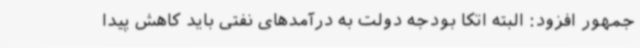
جمهور افزود: البته اتکا بودجه دولت به درآمدهای نفتی باید کاهش پیدا